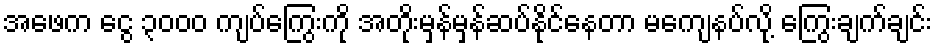
အဖေက ငွေ ၃၀၀၀ ကျပ်ကြွေးကို အတိုးမှန်မှန်ဆပ်နိုင်နေတာ မကျေနပ်လို့ ကြွေးချက်ချင်း